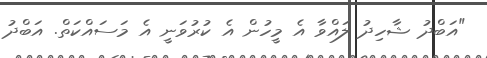
"އަބްދު ޝާހިދު ލައްވާ އެ މީހުން އެ ކުރުވަނީ އެ މަސައްކަތް. އަބްދު